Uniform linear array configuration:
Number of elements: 4
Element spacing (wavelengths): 0.75
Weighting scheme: blackman
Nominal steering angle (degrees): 45
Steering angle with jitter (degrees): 43.69
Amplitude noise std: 0.05
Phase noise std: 0.05

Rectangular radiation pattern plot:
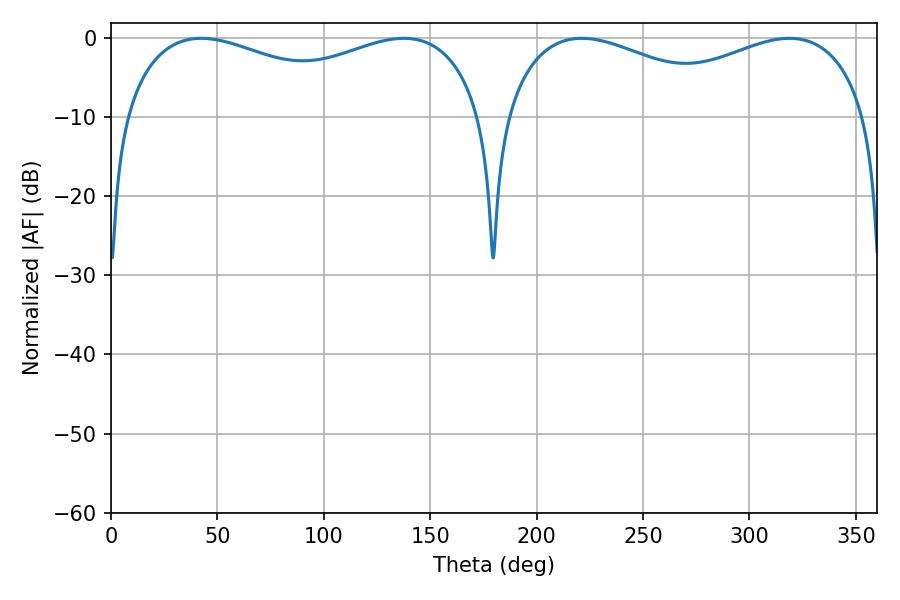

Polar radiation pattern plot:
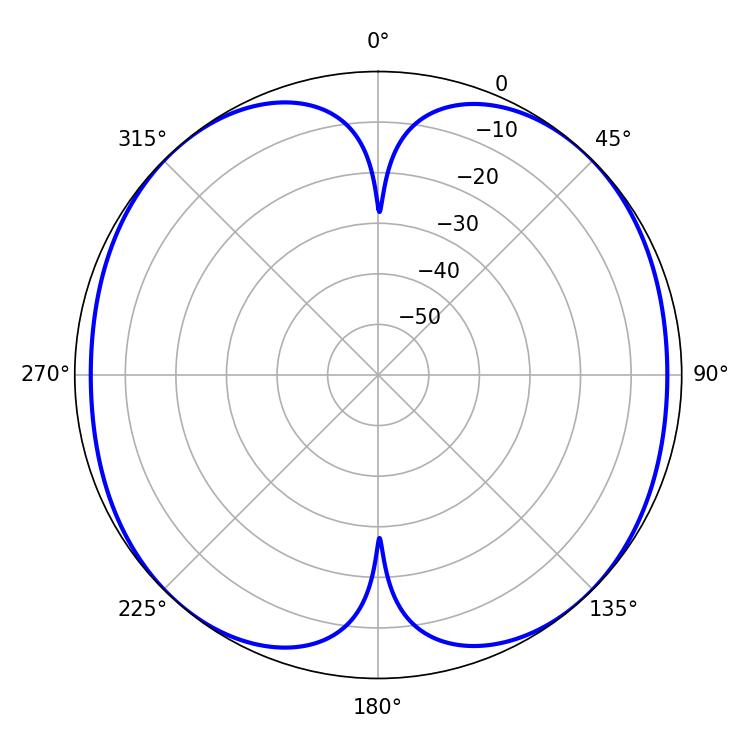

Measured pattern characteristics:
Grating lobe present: TRUE
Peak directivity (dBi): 17.86
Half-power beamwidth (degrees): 63.72
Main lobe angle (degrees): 221.22